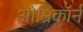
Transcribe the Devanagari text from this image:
ओम्रिकॉर्न